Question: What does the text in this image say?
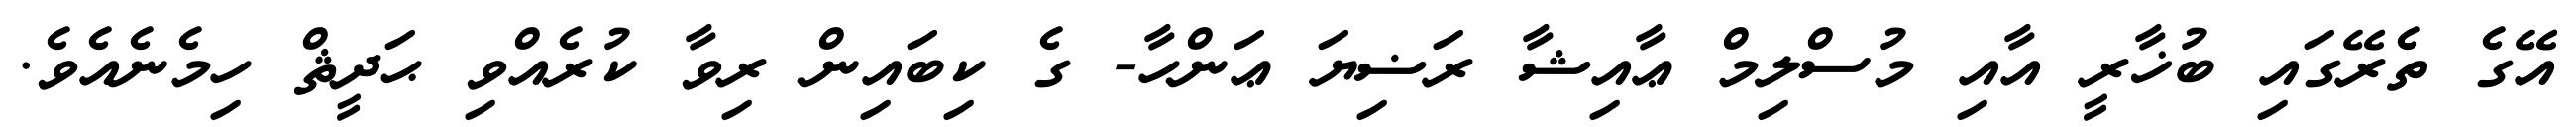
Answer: އޭގެ ތެރޭގައި ބުޚާރީ އާއި މުސްލިމް ޢާއިޝާ ރަޟިޔަ ޢަންހާ- ގެ ކިބައިން ރިވާ ކުރެއްވި ޙަދީޘް ހިމެނެއެވެ.